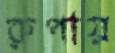
রুপায়